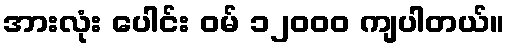
အားလုံး ပေါင်း ဝမ် ၁၂၀၀၀ ကျပါတယ်။